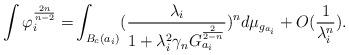
LaTeX: \begin{align*}\int \varphi_{i}^{\frac{2n}{n-2}}= &\int_{B_{c}(a_{i})}(\frac{\lambda_{i}}{1+\lambda_{i}^{2}\gamma_{n}G^{\frac{2}{2-n}}_{a_{i}}})^{n}d\mu_{g_{a_{i}}}+O(\frac{1}{\lambda_{i}^{n}}).\end{align*}